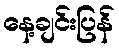
နေ့ချင်းပြန်